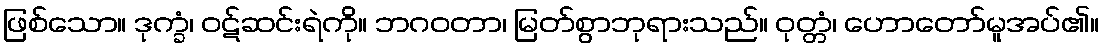
ဖြစ်သော။ ဒုက္ခံ၊ ဝဋ်ဆင်းရဲကို။ ဘဂဝတာ၊ မြတ်စွာဘုရားသည်။ ဝုတ္တံ၊ ဟောတော်မူအပ်၏။